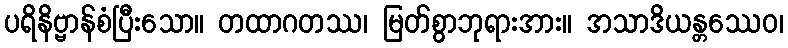
ပရိနိဗ္ဗာန်စံပြီးသော။ တထာဂတဿ၊ မြတ်စွာဘုရားအား။ အသာဒိယန္တဿေဝ၊